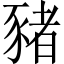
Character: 豬